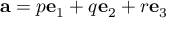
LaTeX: \mathbf { a } = p \mathbf { e } _ { 1 } + q \mathbf { e } _ { 2 } + r \mathbf { e } _ { 3 }